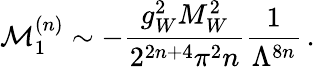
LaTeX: \mathcal{M}_{1}^{(n)}\sim-\frac{g_{W}^{2}M_{W}^{2}}{2^{2n+4}\pi^{2}n}\frac{1}{\Lambda^{8n}}\, .